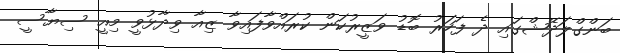
ބަންގްލަދޭޝްގައި ދެ ފަހަރު ބޮޑު ވަޒީރުކަން ކުރައްވާފައިވާ ޒިއާ ވިދާޅުވީ މިއީ ސިޔާސީ